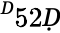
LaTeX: ^Ḋ52Ḍ